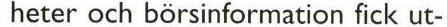
heter och börsinformation fick ut-